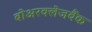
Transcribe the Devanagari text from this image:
बोअरक्लेजबैंक